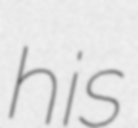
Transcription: his